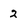
Character: 2